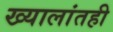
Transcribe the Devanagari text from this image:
ख्यालांतही